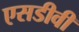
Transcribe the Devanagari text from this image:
एसडीवी